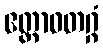
ဧတ္တာဝတဂ္ဂံ